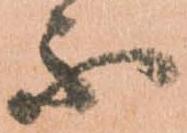
不